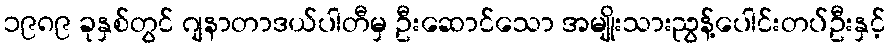
၁၉၈၉ ခုနှစ်တွင် ဂျနာတာဒယ်ပါတီမှ ဦးဆောင်သော အမျိုးသားညွန့်ပေါင်းတပ်ဦးနှင့်